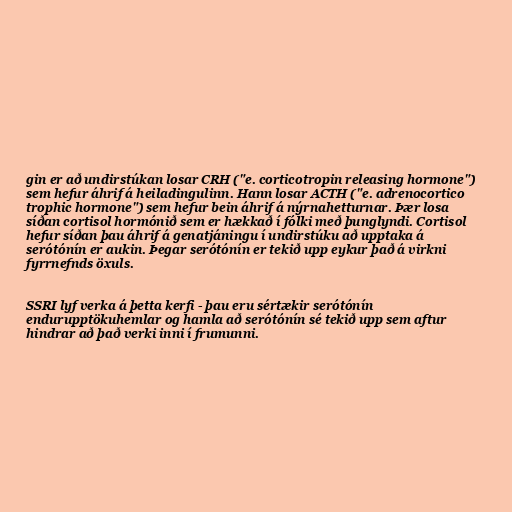
gin er að undirstúkan losar CRH ("e. corticotropin releasing hormone")
sem hefur áhrif á heiladingulinn. Hann losar ACTH ("e. adrenocortico
trophic hormone") sem hefur bein áhrif á nýrnahetturnar. Þær losa
síðan cortisol hormónið sem er hækkað í fólki með þunglyndi. Cortisol
hefur síðan þau áhrif á genatjáningu í undirstúku að upptaka á
serótónín er aukin. Þegar serótónín er tekið upp eykur það á virkni
fyrrnefnds öxuls.

SSRI lyf verka á þetta kerfi - þau eru sértækir serótónín
endurupptökuhemlar og hamla að serótónín sé tekið upp sem aftur
hindrar að það verki inni í frumunni.